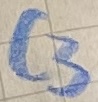
Text: C3